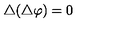
\bigtriangleup ( \bigtriangleup \varphi ) = 0